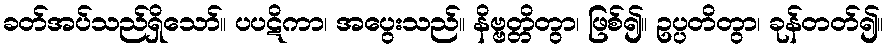
ခတ်အပ်သည်ရှိသော်။ ပပဋိကာ၊ အပွေးသည်။ နိဗ္ဗတ္တိတွာ၊ ဖြစ်၍။ ဥပ္ပတိတွာ၊ ခုန်တတ်၍။